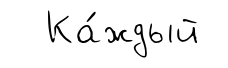
Ка́ждый